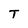
Character: T